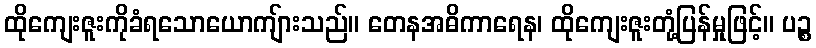
ထိုကျေးဇူးကိုခံရသောယောကျ်ားသည်။ တေနအဓိကာရေန၊ ထိုကျေးဇူးတုံ့ပြန်မှုဖြင့်။ ပဉ္စ